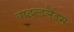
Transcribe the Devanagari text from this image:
वाइल्डलैंड्स